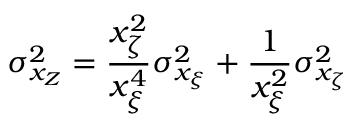
\sigma _ { x _ { Z } } ^ { 2 } = \frac { x _ { \zeta } ^ { 2 } } { x _ { \xi } ^ { 4 } } \sigma _ { x _ { \xi } } ^ { 2 } + \frac { 1 } { x _ { \xi } ^ { 2 } } \sigma _ { x _ { \zeta } } ^ { 2 }